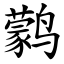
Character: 鹲